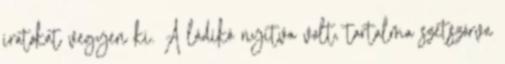
iratokat vegyen ki. A ládikó nyitva volt, tartalma szétszórva